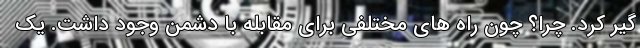
گیر کرد. چرا؟ چون راه های مختلفی برای مقابله با دشمن وجود داشت. یک